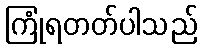
ကြုံရတတ်ပါသည်